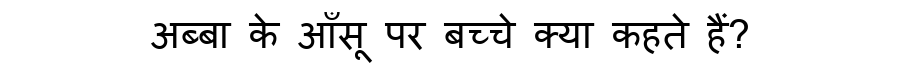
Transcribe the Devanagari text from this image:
अब्बा के आँसू पर बच्चे क्या कहते हैं?